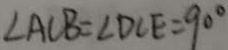
\angle A C B = \angle D C E = 9 0 ^ { \circ }